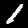
Label: 1